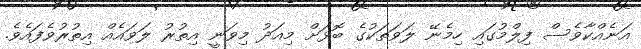
އަނެއްކާވެސް ފިލްމުގައި ހިމެނޭ ލަވަތަކުގެ ބޮޅަށް މިއަދު މިވަނީ އިތުރު ލަވައެއް އިތުރުވެފައެވެ.